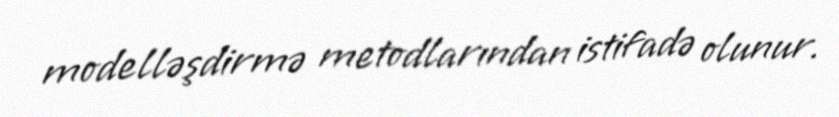
modelləşdirmə metodlarından istifadə olunur.